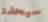
سيحدد